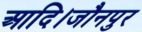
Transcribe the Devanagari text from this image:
आदि।जौनपुर